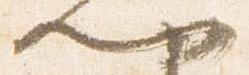
門